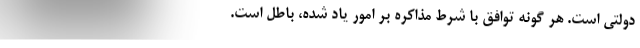
دولتی است. هر گونه توافق با شرط مذاکره بر امور یاد شده، باطل است.